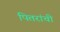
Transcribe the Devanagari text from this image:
पितरांची